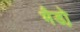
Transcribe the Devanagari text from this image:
भैडो़